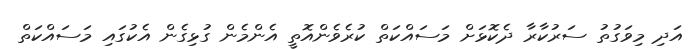
އަދި މިވަގުތު ސަރުކާރާ ދެކޮޅަށް މަސައްކަތް ކުރެވެންއޮތީ އެންމެން ގުޅިގެން އެކުގައި މަސައްކަތް